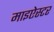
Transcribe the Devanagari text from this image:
माइऐस्टर